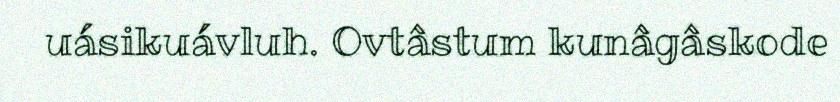
uásikuávluh. Ovtâstum kunâgâskode